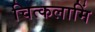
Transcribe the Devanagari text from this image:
चित्कलामिं